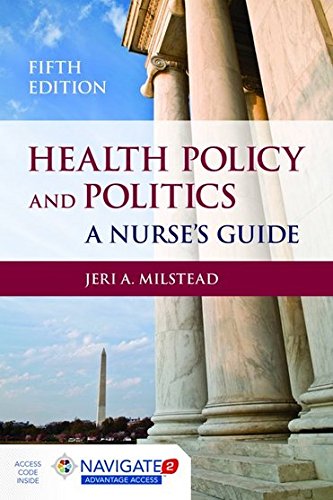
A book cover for Health Policy And Politics: A Nurse's Guide (Milstead, Health Policy and Politics); Jeri A. Milstead; Medical Books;